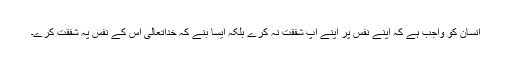
انسان کو واجب ہے کہ اپنے نفس پر اپنے آپ شفقت نہ کرے بلکہ ایسا بنے کہ خداتعالیٰ اس کے نفس پہ شفقت کرے۔